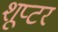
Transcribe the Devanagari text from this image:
शूप्टर